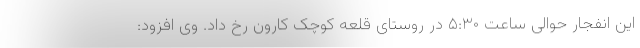
این انفجار حوالی ساعت ۵:۳۰ در روستای قلعه کوچک کارون رخ داد. وی افزود: